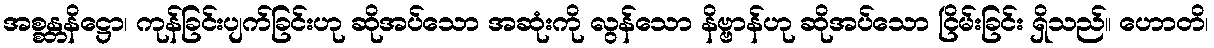
အစ္စန္တနိဋ္ဌော၊ ကုန်ခြင်းပျက်ခြင်းဟု ဆိုအပ်သော အဆုံးကို လွန်သော နိဗ္ဗာန်ဟု ဆိုအပ်သော ငြိမ်းခြင်း ရှိသည်။ ဟောတိ၊